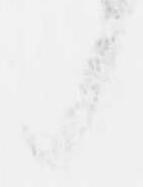
候